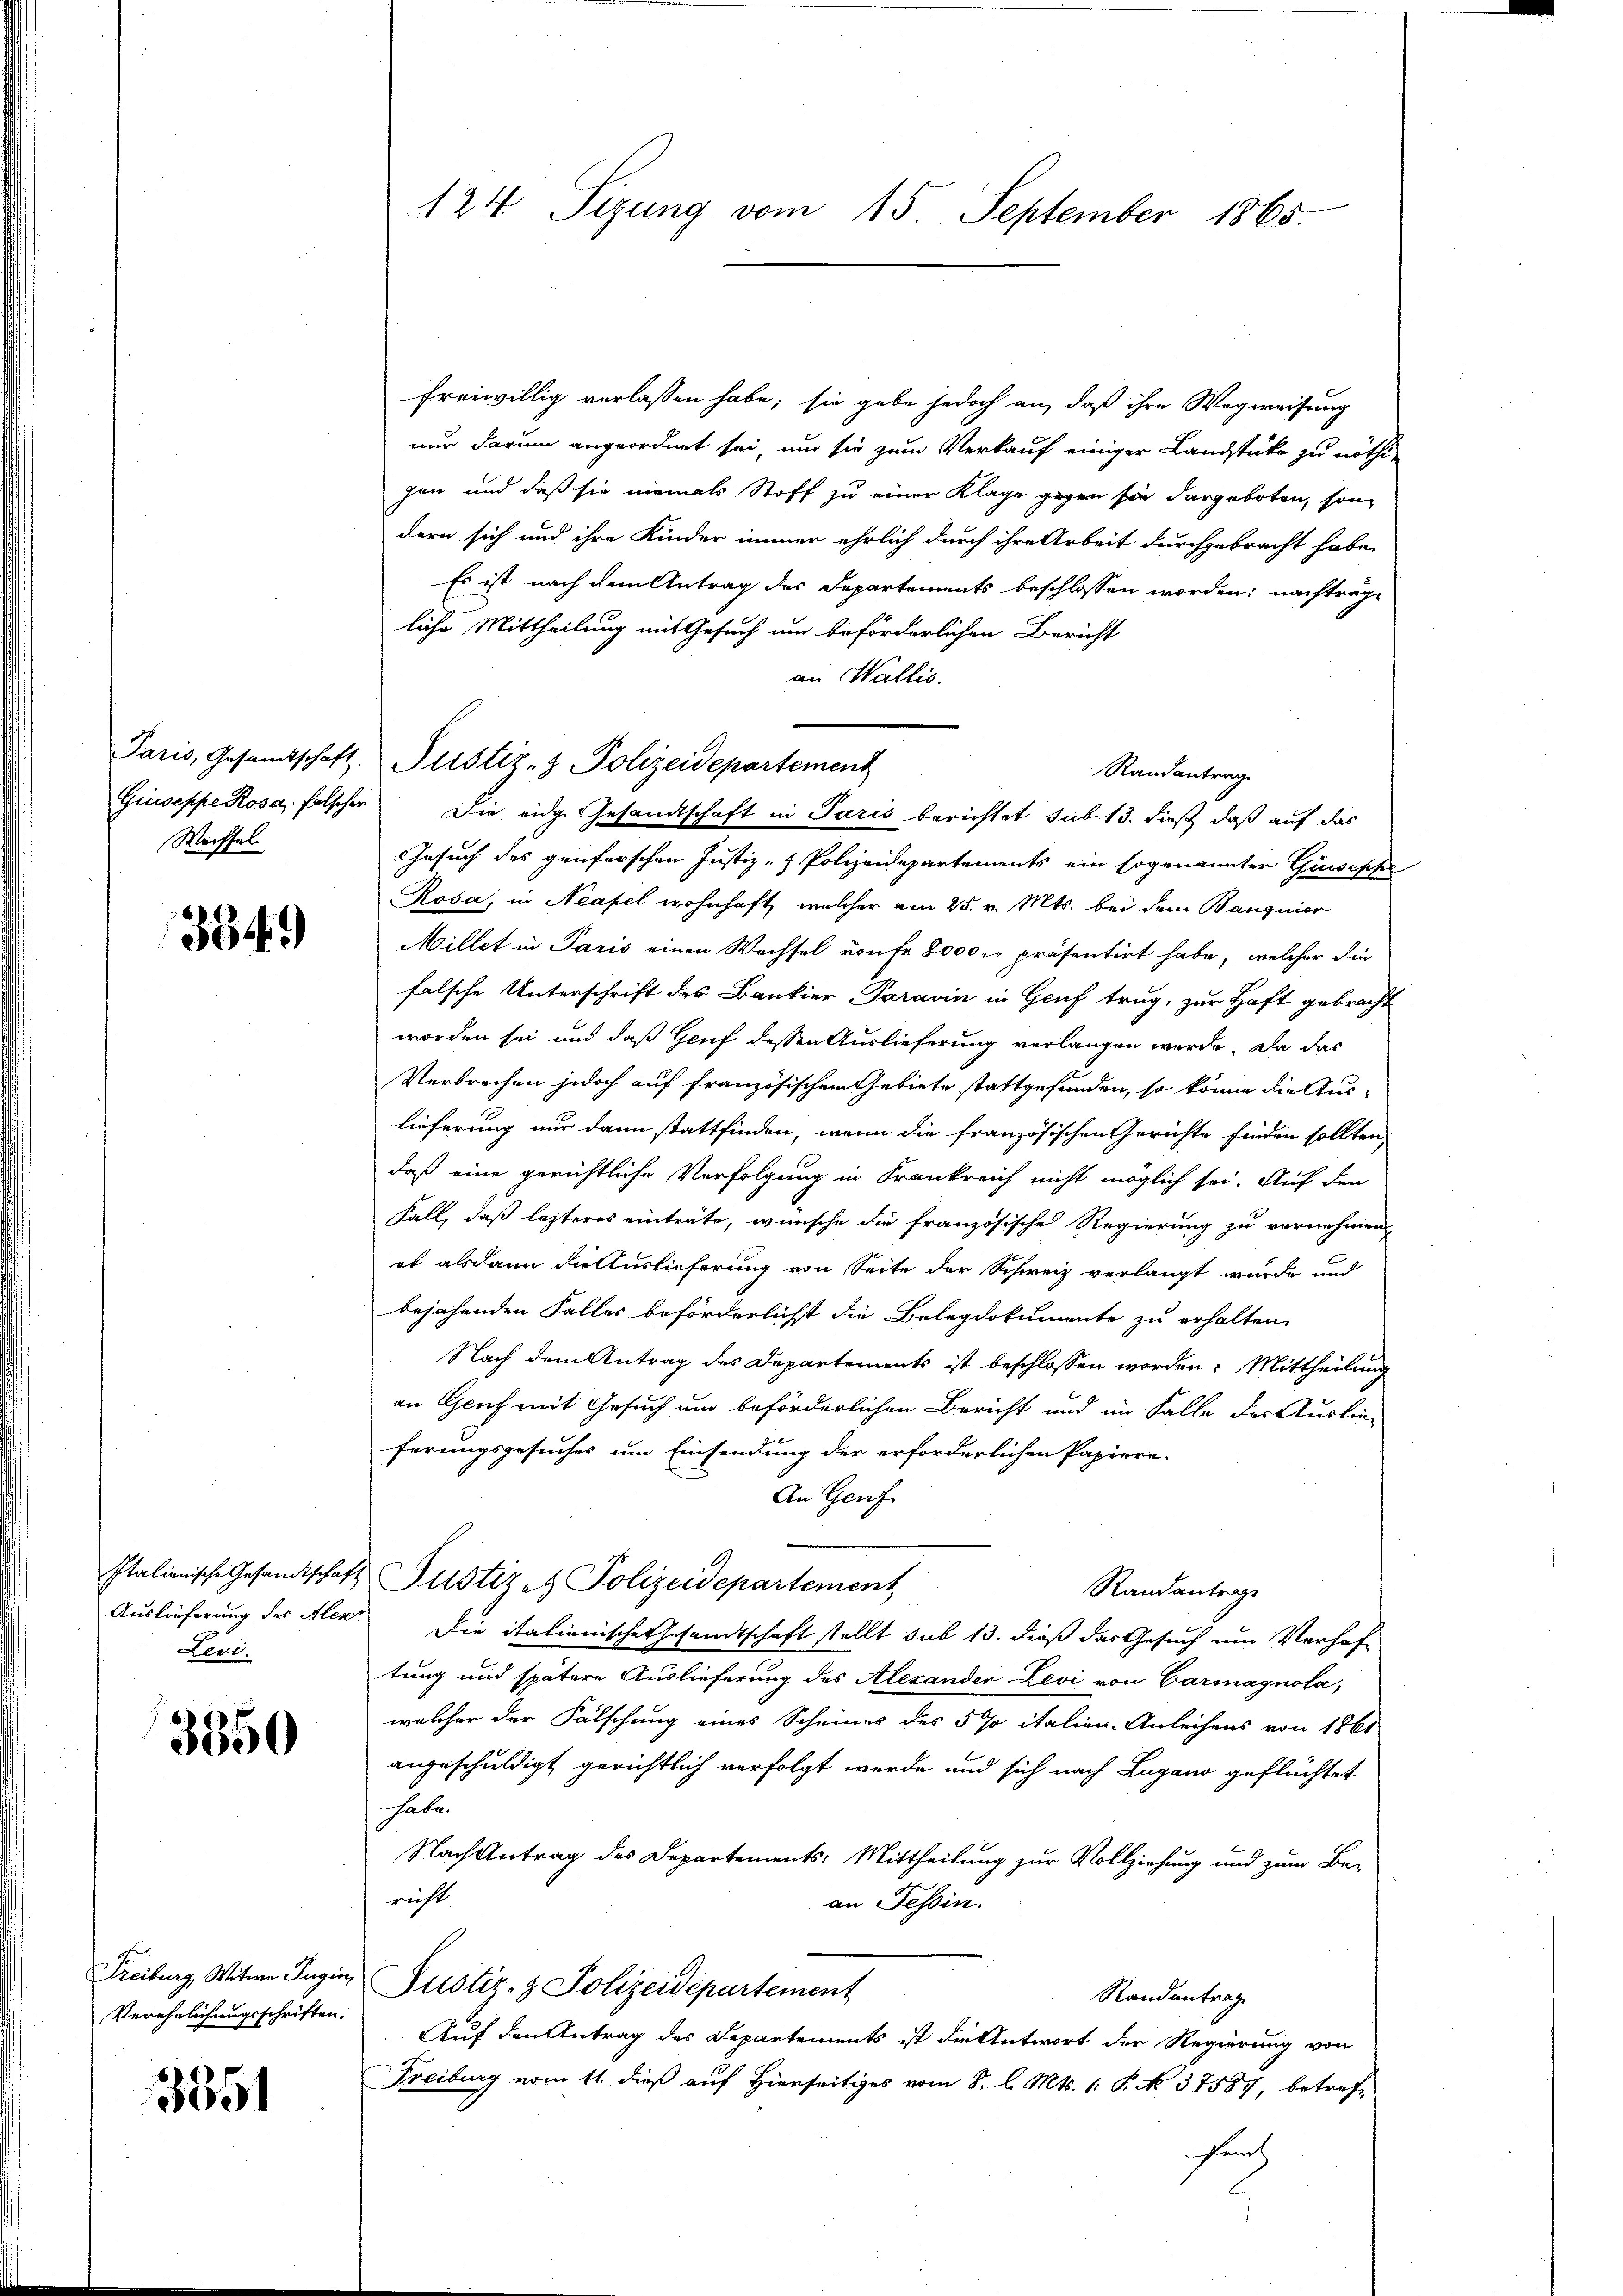
Wechsel

3349

Italienische Gesandtschaf
Auslieferung der Alex
Levi.

3350

Verehelichungsschriften.

3351

124 Sizung vom 15. September 1865.

freiwillig verlassen habe; sie gebe jedoch an, daß ihre Wegweisung
nur darum angeordnet sei, um sie zum Verkauf einiger Landstüke zu nöthi-
gen und daß sie niemals Stoff zu einer Klage gegen sie dargeboten, sondern sich und ihre Kinder immer ehrlich durch ihre Arbeit durchgebracht habe,
Es ist nach dem Antrag des Departements beschlossen worden; nachträge
liche Mittheilung mit Gesuch um beförderlichen Bericht
an Wallis.
Randantrag
Gesuch des geiferschen Justiz- & Polizeidepartements ein sogenannter Guseppe
Rosa, in Neapel wohnhaft, welcher am 25. v. Mts. bei dem Banquier
Millet in Paris einen Wechsel von fr. 8000 r. präsentirt habe, welcher die
falsche Unterschrift des Bankier Paravin in Genf trug, zur Haft gebracht
worden sei und daß Genf dessen Auslieferung verlangen werde. Da das
Verbrechen jedoch auf französischem Gebiete stattgefunden, so könne die Auslieferung nur dann stattfinden, wenn die französischen Gerichte finden sollten,
daß eine gerichtliche Verfolgung in Krankreich nicht möglich sei. Auf den
Fall, daß lezteres einträte, wünsche die französische Regierung zu vornehmen,
ob alsdann die Auslieferung von Seite der Schweiz verlangt wurde und
bejahenden Falles beförderlichst die Belegdokumente zu erhalten.
Nach dem Antrag des Departements ist beschlossen worden. Mittheilung
an Genf mit Gesuch um beförderlichen Bericht und im Falle des Auslie-
ferungsgesuches um Einsendung der erforderlichen Papiere.
An Genf
4 Justiz- & Polizeidepartement
Randantrage
 Die italienische Gesandtschaft stellt sub 13. dieß das Gesuch um Verhof-
tung und spätere Auslieferung des Alexander Levi von Carmagnola,
welcher der Fälschung eines Scheines des 5 % italien-Anleihens von 1861
angeschuldigt gerichtlich verfolgt werde und sich nach Lugano geflüchtet
habe.
Nach Antrag des Departements: Mittheilung zur Vollziehung und zum Be-
richt
an Tessin.
Freiburg, Witwe Jugen, Pustiz- & Polizeidepartement
Randantrag
Auf den Antrag des Departements ist die Antwort der Regierung von
Freiburg vom 11. dieß auf Hierseitiges vom 8. l. Mts. 1. P. No. 37587, betref-
fruch

Paris, Gesamtschaft Pustiz- & Polizeidepartement

Giuseppe Rosa, falscher Die eidg. Gesandtschaft in Paris berichtet sub 13. dieß, daß auf das